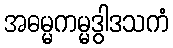
အဓမ္မကမ္မဒွါဒသကံ